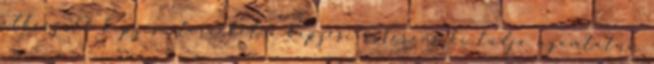
elkészült képzési terveket a képzési referens ki tudja nyomtatni.